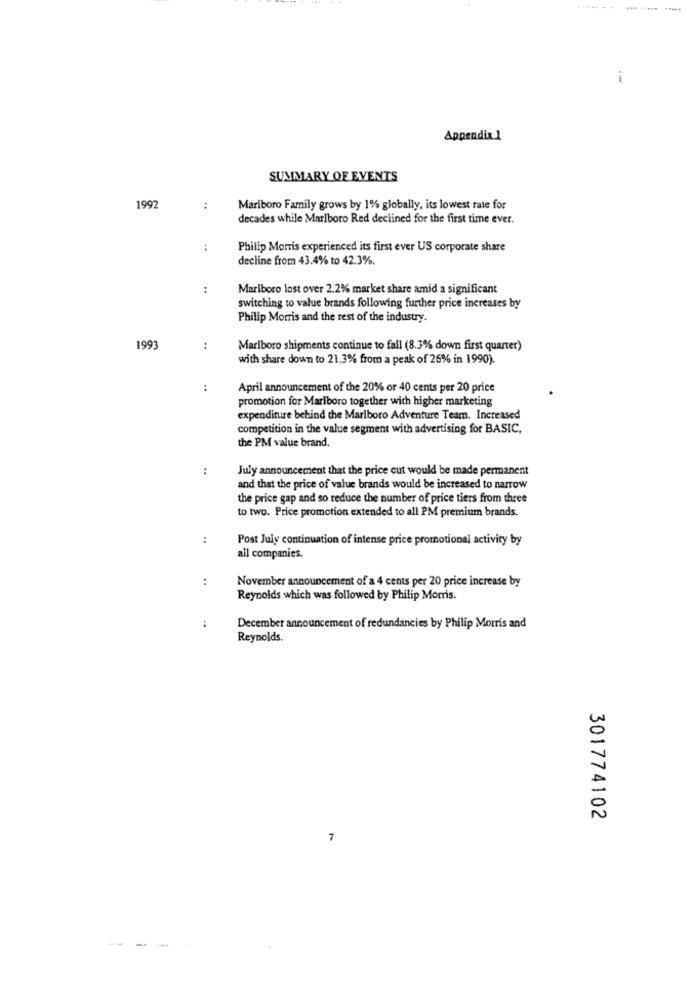
... ..... ....
i
Appendix 1
SUMMARY OF EVENTS
1992
:
Mariboro Family grows by 1% globally, its lowest rate for
decades while Marlboro Red declined for the first time ever.
:
Philip Morris experienced its first ever US corporate share
decline from 43.4% to 42.3%.
Marlboro lost over 2.2% market share amid a significant
switching to value brands following further price increases by
Philip Morris and the rest of the industry.
199
:
Marlboro shipments continue to fall (8.3% down first quarter)
with share down to 21.3% from a peak of 26% in 1990).
:
April announcement of the 20% or 40 cents per 20 price
promotion for Marlboro together with higher marketing
expenditure behind the Marlboro Adventure Team. Increased
competition in the value segment with advertising for BASIC,
the PM value brand.
:
July announcement that the price cut would be made permanent
and that the price of value brands would be increased to narrow
the price gap and so reduce the number of price tiers from three
to two. Price promotion extended to all PM premium brands.
:
Post July continuation of intense price promotional activity by
all companies.
:
November announcement of a 4 cents per 20 price increase by
Reynolds which was followed by Philip Morris.
:
December announcement of redundancies by Philip Morris and
Reynolds.
301774102
7
-